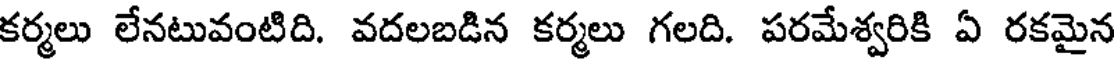
కర్మలు లేనటువంటిది. వదలబడిన కర్మలు గలది. పరమేశ్వరికి ఏ రకమైన